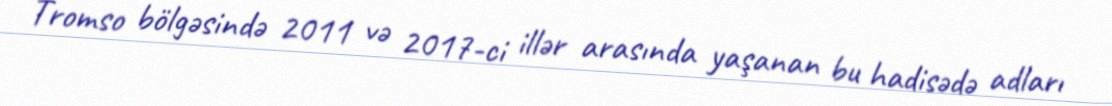
Tromso bölgəsində 2011 və 2017-ci illər arasında yaşanan bu hadisədə adları